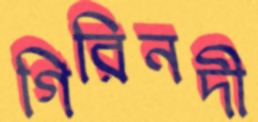
গিরিনদী